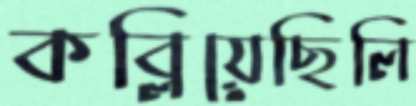
কব্‌লিয়েছিলি